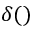
\delta ( )